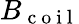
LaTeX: B_{\mathrm{~c~o~i~l~}}